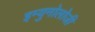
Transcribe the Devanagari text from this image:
इम्युनोलोजी